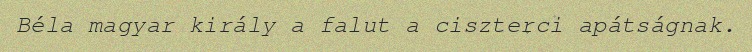
Béla magyar király a falut a ciszterci apátságnak.